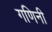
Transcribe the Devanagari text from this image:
गणिनी